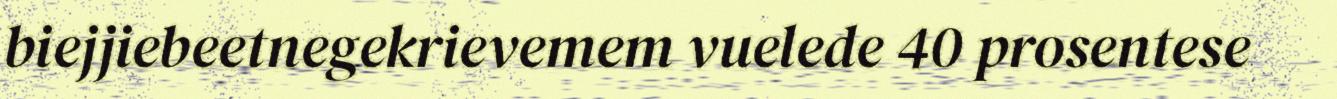
biejjiebeetnegekrievemem vuelede 40 prosentese